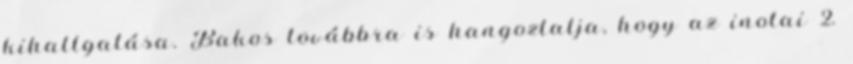
kihallgatása. Bakos továbbra is hangoztatja, hogy az inotai 2.